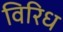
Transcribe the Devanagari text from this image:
विरिध